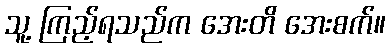
သူ့ ကြည့်ရသည်က အေးတိ အေးစက်။